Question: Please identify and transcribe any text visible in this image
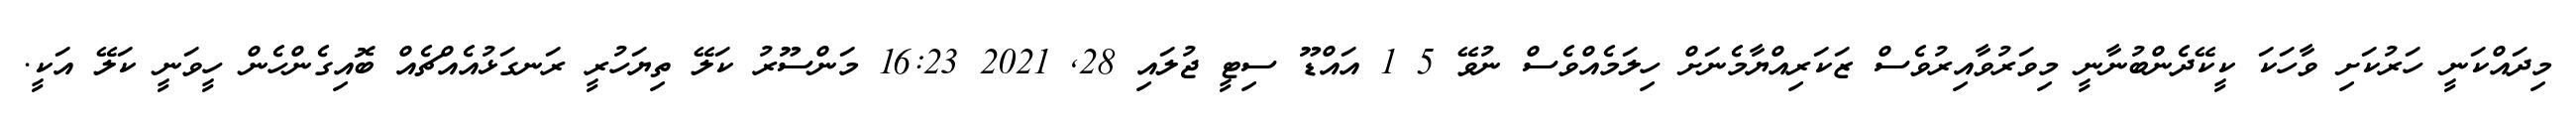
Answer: މިދައްކަނީ ހަރުކަށި ވާހަކަ ކީކޭދެންބުނާނީ މިވަރުވާއިރުވެސް ޒަކަރިއްޔާމެނަށް ހިލަމެއްވެސް ނުވޭ 5 1 އައްޑޫ ސިޓީ ޖުލައި 28, 2021 16:23 މަންސޫރު ކަލޭ ތިޔަހުރީ ރަނގަޅުއެއްޗެއް ބޮއިގެންހެން ހީވަނީ ކަލޭ އަކީ.